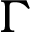
\Gamma